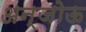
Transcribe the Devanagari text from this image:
अन्जोऊ